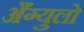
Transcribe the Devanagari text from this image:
अँग्युलो